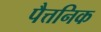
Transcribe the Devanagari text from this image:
पैत्तनिक